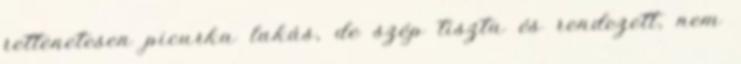
rettenetesen picurka lakás, de szép tiszta és rendezett, nem